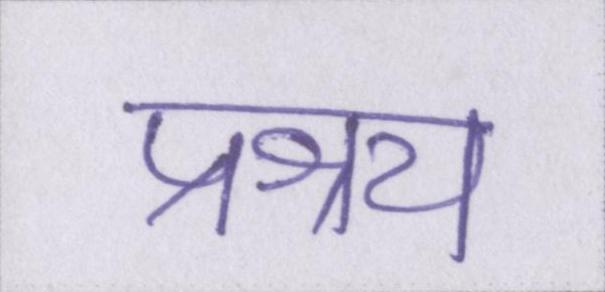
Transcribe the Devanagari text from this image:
प्रश्रय